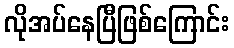
လိုအပ်နေပြီဖြစ်ကြောင်း